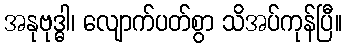
အနုဗုဒ္ဓါ၊ လျောက်ပတ်စွာ သိအပ်ကုန်ပြီ။